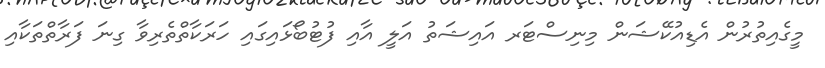
މީގެއިތުރުން އެޑިއުކޭޝަން މިނިސްޓަރ އައިޝަތު އަލީ އާއި ފުޓުބޯޅައިގައި ހަރަކާތްތެރިވާ ގިނަ ފަރާތްތަކާއި